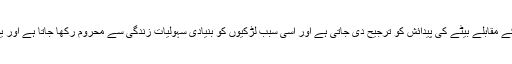
رپورٹ میں بتایا گیا کہ بھارت میں بیٹی کے مقابلے بیٹے کی پیدائش کو ترجیح دی جاتی ہے اور اسی سبب لڑکیوں کو بنیادی سہولیات زندگی سے محروم رکھا جاتا ہے اور یوں ان کی شرح اموات میں اضافہ ہوتا ہے۔